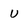
Character: U